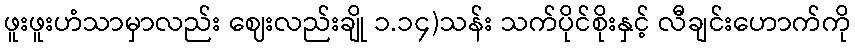
ဖူးဖူးဟံသာမှာလည်း ဈေးလည်းချို ၁.၁၄)သန်း သက်ပိုင်စိုးနှင့် လီချင်းဟောက်ကို